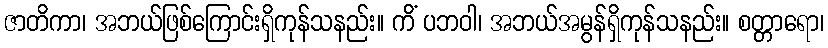
ဇာတိကာ၊ အဘယ်ဖြစ်ကြောင်းရှိကုန်သနည်း။ ကိံ ပဘဝါ၊ အဘယ်အမွန်ရှိကုန်သနည်း။ စတ္တာရော၊